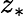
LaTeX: z_{\ast}